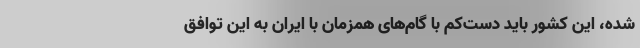
شده، این کشور باید دست‌کم با گام‌های همزمان با ایران به این توافق